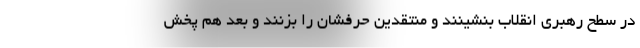
در سطح رهبری انقلاب بنشینند و منتقدین حرفشان را بزنند و بعد هم پخش